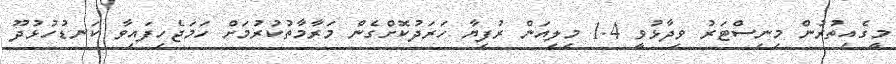
މީގެއިތުރުން މިނިސްޓަރު ވިދާޅުވީ 1.4 މިލިއަން ރުފިޔާ ހަރަދުކޮށްގެން މަރާމާތުކުުރުމަށް ހަމަޖެހިފައިވާ ކަނޑުހުޅުދޫ